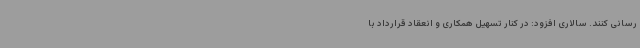
رسانی کنند. سالاری افزود: در کنار تسهیل همکاری و انعقاد قرارداد با